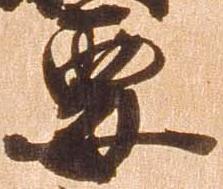
要